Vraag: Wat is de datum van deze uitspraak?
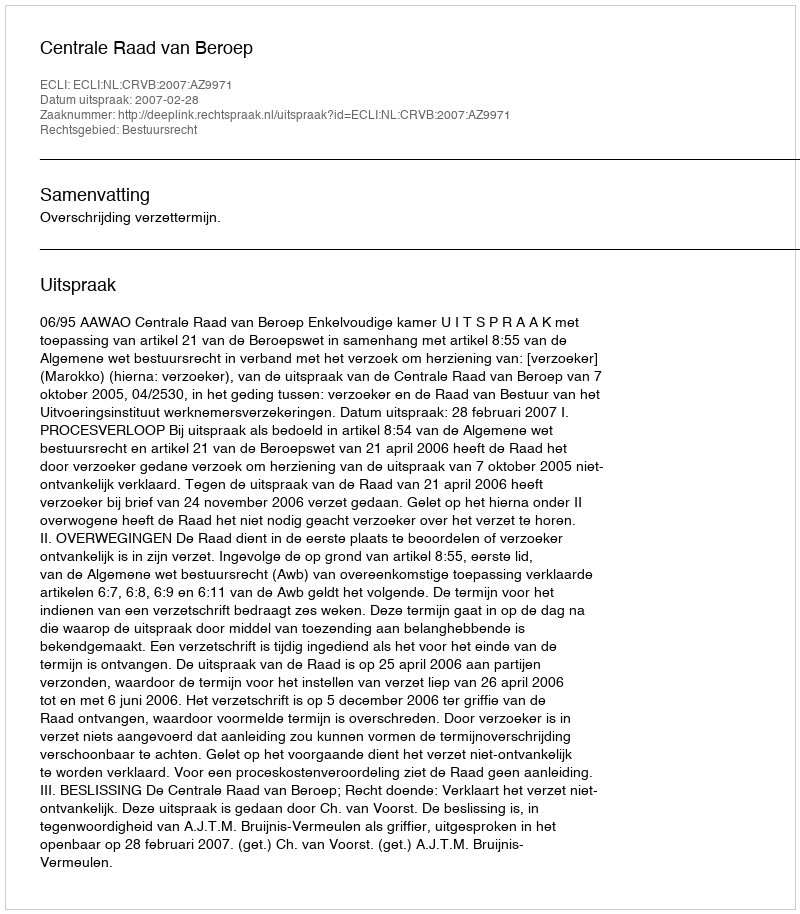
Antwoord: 2007-02-28